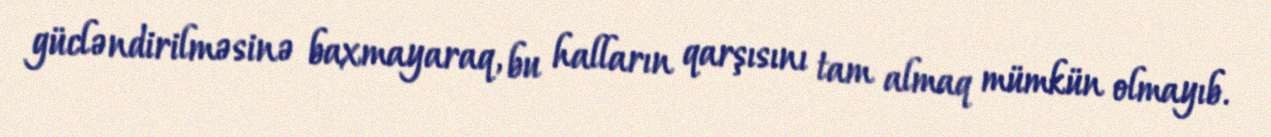
gücləndirilməsinə baxmayaraq, bu halların qarşısını tam almaq mümkün olmayıb.